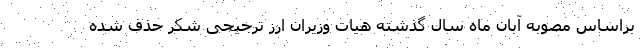
براساس مصوبه آبان ماه سال گذشته هیات وزیران ارز ترجیحی شکر حذف شده